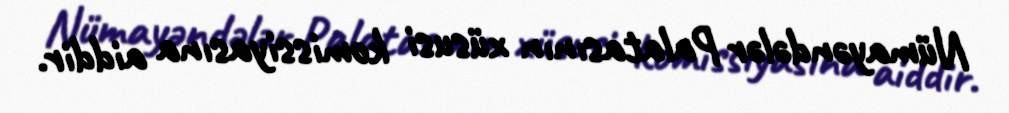
Nümayəndələr Palatasının xüsusi komissiyasına aiddir.